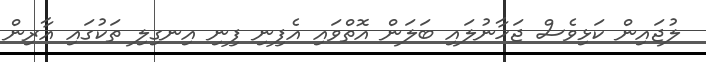
ލުޖައިން ކަޅިވެސް ޖަހާނުލައި ބަލަން އޮތްވައި އެފިނި ފިނި އިނގިލި ތަކުގައި އާރިން